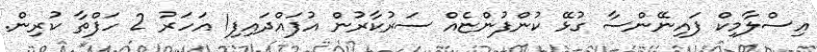
އިސްލާމިކް ފައިނޭންސާ ގުޅޭ ކުންފުންޏެއް ސަރުކާރުން އުފައްދައިފި1 އަހަރު 2 ހަފްތާ ކުރިން.